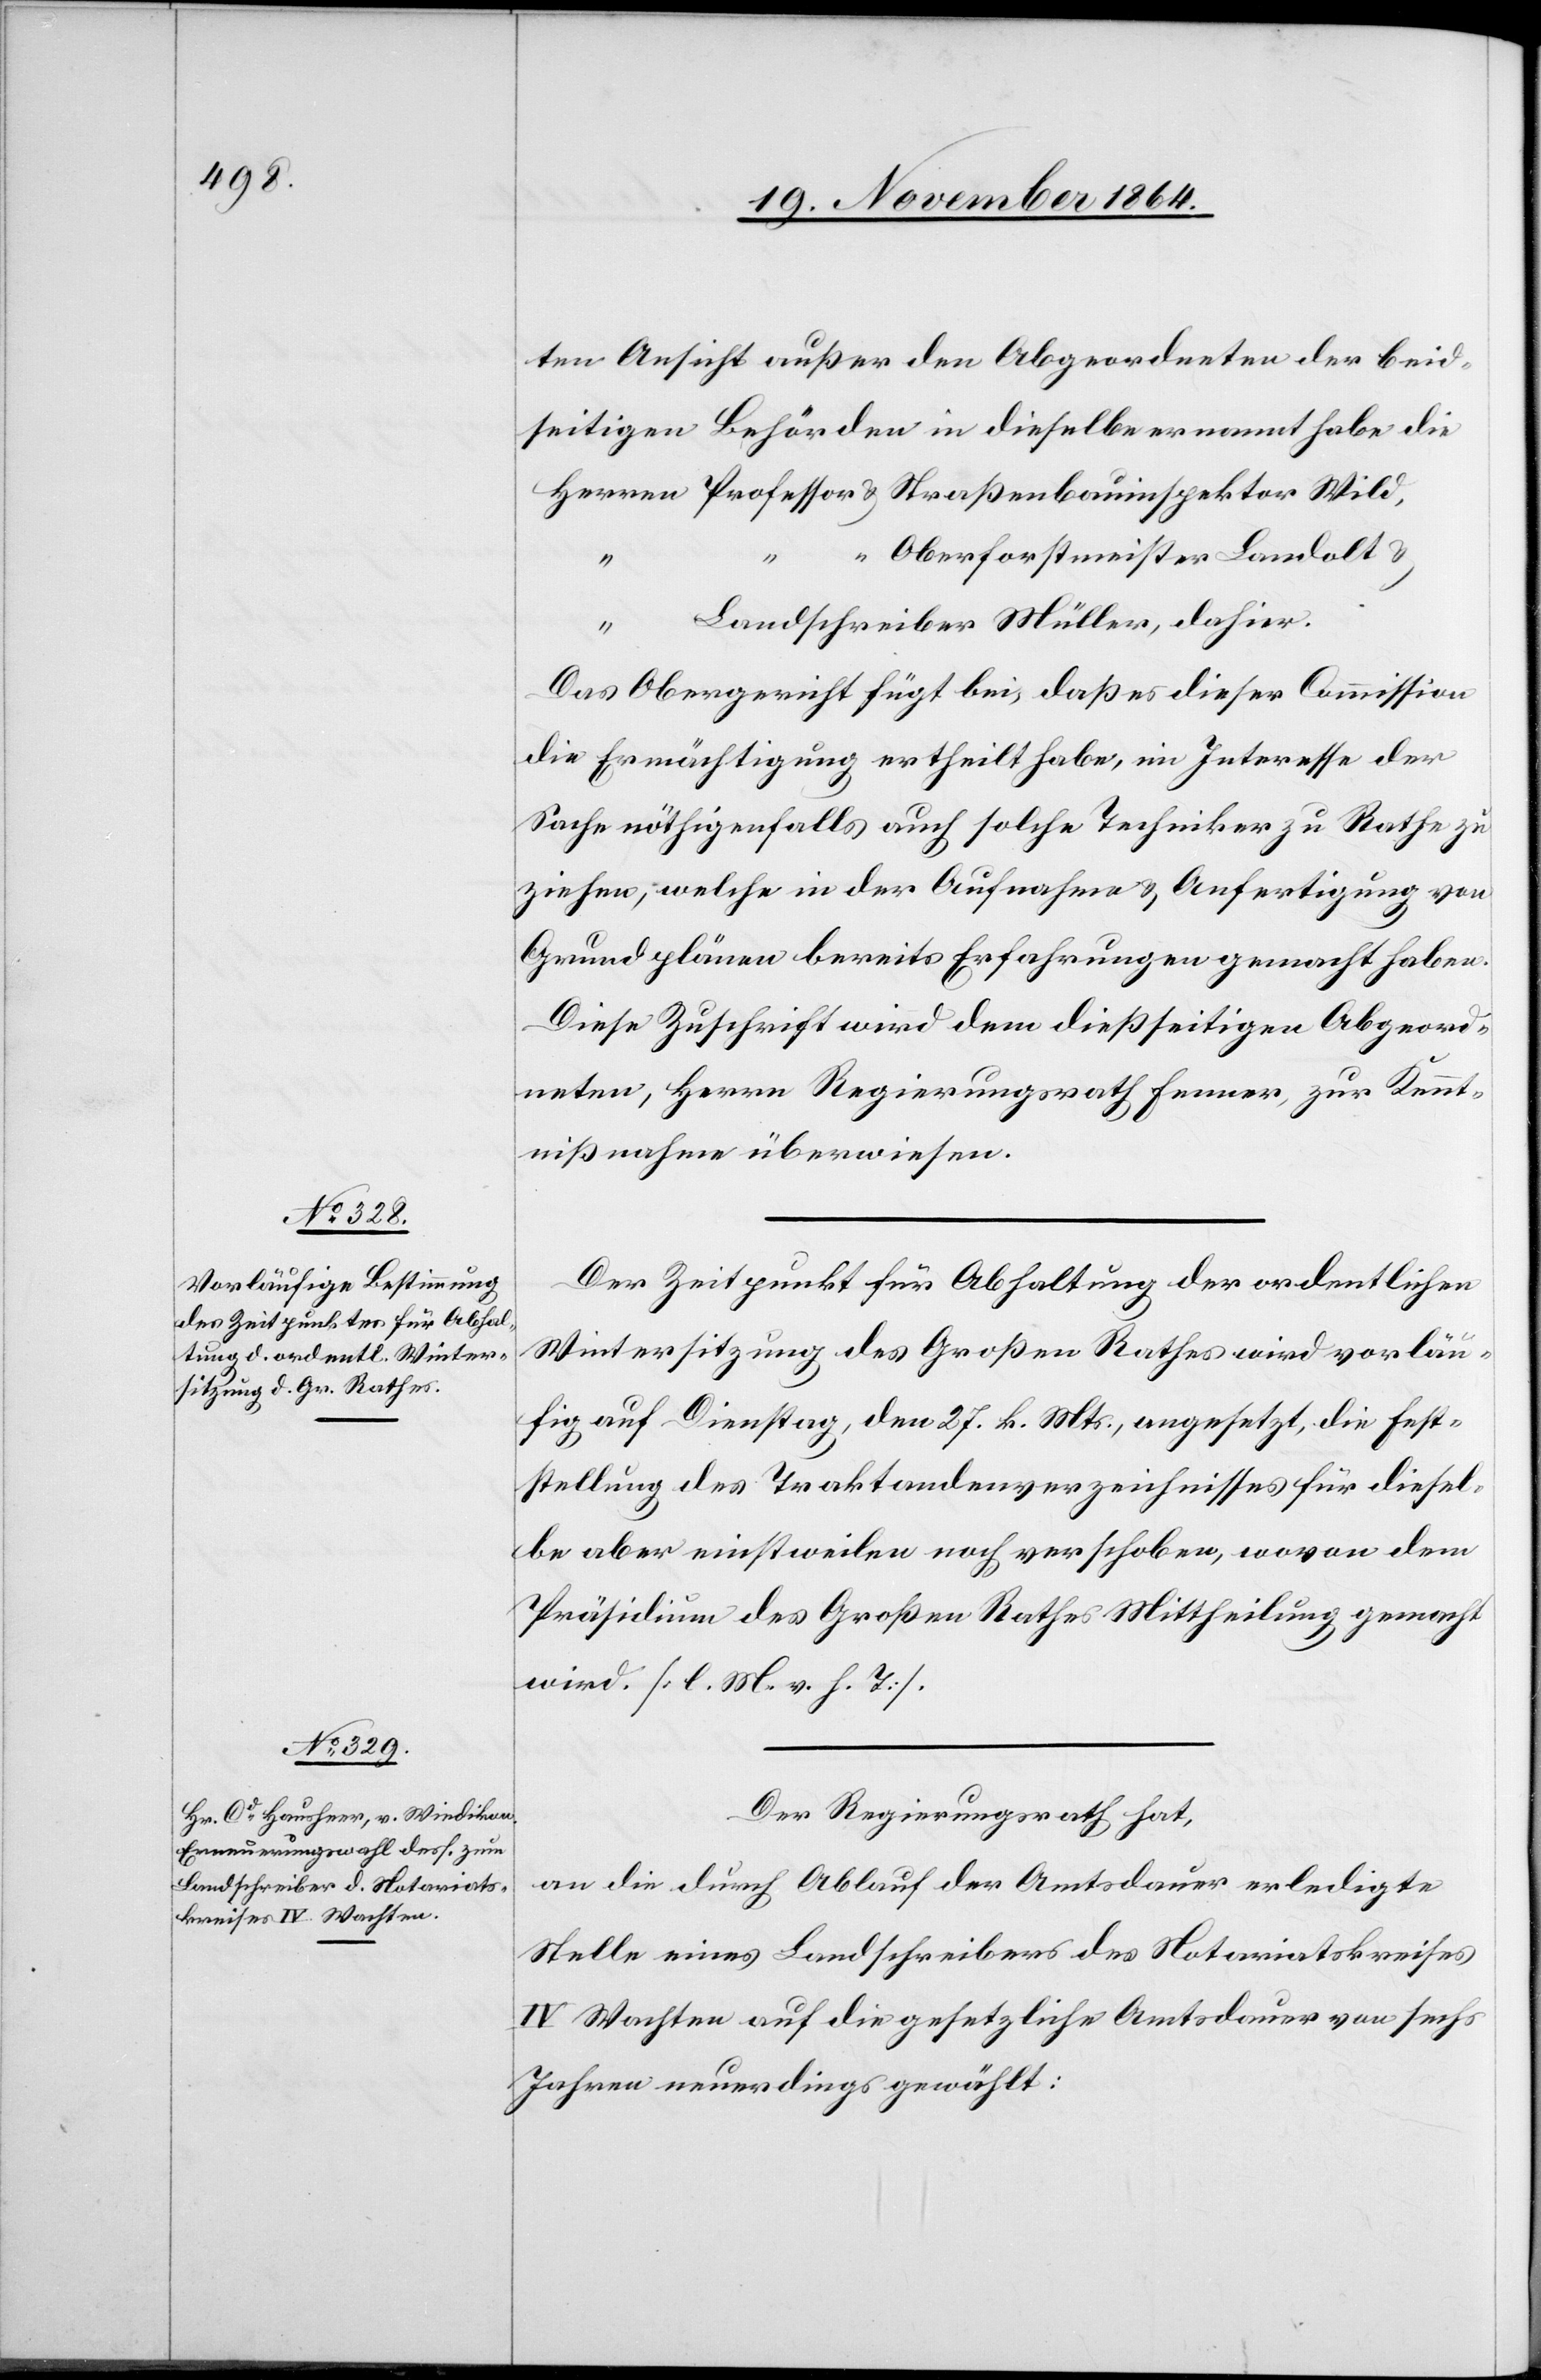
ten Ansicht außer den Abgeordneten der beid¬
seitigen Behörden in dieselbe ernannt habe die
Oberforstmeister Landolt &
inspektor
Wild,
Landschreiber Müller, dahier.
Das Obergericht fügt bei, daß es dieser Commission
die Ermächtigung ertheilt habe, im Interesse der
Sache nöthigenfalls auch solche Techniker zu Rathe zu
ziehen, welche in der Aufnahme & Anfertigung von
Grundplänen bereits Erfahrung gemacht haben.
Diese Zuschrift wird dem dießseitigen Abgeord¬
neten, Herrn Regierungsrath Fenner, zur Kennt¬
nißnahme überwiesen.
Der Zeitpunkt für Abhaltung der ordentlichen
Wintersitzung des Großen Rathes wird vorläu¬
fig auf Dienstag, den 27. k. Mts., angesetzt, die Fest¬
stellung des Traktandenverzeichnisses für diesel¬
be aber einstweilen noch verschoben, wovon dem
Präsidium des Großen Rathes Mittheilung gemacht
wird. [l. M. v. h. T.].
Der Regierungsrath hat,
an die durch Ablauf der Amtsdauer erledigte
Stelle eines Landschreibers des Notariatskreises
IV Wachten auf die gesetzliche Amtsdauer von sechs
Jahren neuerdings gewählt: